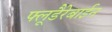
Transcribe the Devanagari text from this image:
फ्लूडैरेबाईन